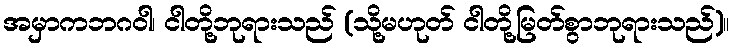
အမှာကဘဂဝါ၊ ငါတို့ဘုရားသည် (သို့မဟုတ် ငါတို့မြတ်စွာဘုရားသည်)။